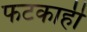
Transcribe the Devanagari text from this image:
फटकाही